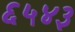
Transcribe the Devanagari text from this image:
६५४३